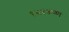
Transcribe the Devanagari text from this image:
१३४४च्या